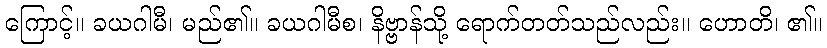
ကြောင့်။ ခယဂါမီ၊ မည်၏။ ခယဂါမီစ၊ နိဗ္ဗာန်သို့ ရောက်တတ်သည်လည်း။ ဟောတိ၊ ၏။